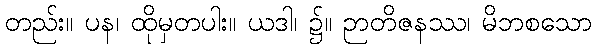
တည်း။ ပန၊ ထိုမှတပါး။ ယဒါ၊ ၌။ ဉာတိဇနဿ၊ မိဘစသော